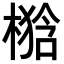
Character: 𣘉